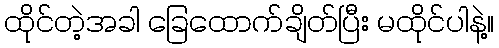
ထိုင်တဲ့အခါ ခြေထောက်ချိတ်ပြီး မထိုင်ပါနဲ့။